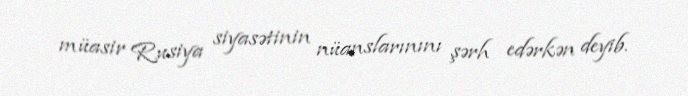
müasir Rusiya siyasətinin nüanslarınını şərh edərkən deyib.